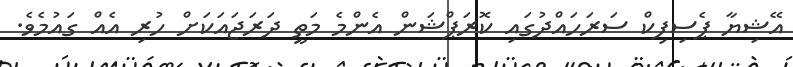
އޭޝިޔާ ޕެސިފިކް ސަރަހައްދުގައި ކޮރަޕްޝަން އެންމެ މަތީ ދަރަޖައަކަށް ހުރި އެއް ގައުމެވެ.